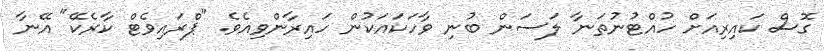
ގޮސް ކައިރިއަށް ހުއްޓުނުތަނާ ލަސަން ބުނި ވާހަކައަކުން ހައިރާންވިއެވެ. "ޕްރައިވެޓް ކާރެކޭ" އޭނާ